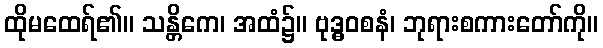
ထိုမထေရ်၏။ သန္တိကေ၊ အထံ၌။ ဗုဒ္ဓဝစနံ၊ ဘုရားစကားတော်ကို။